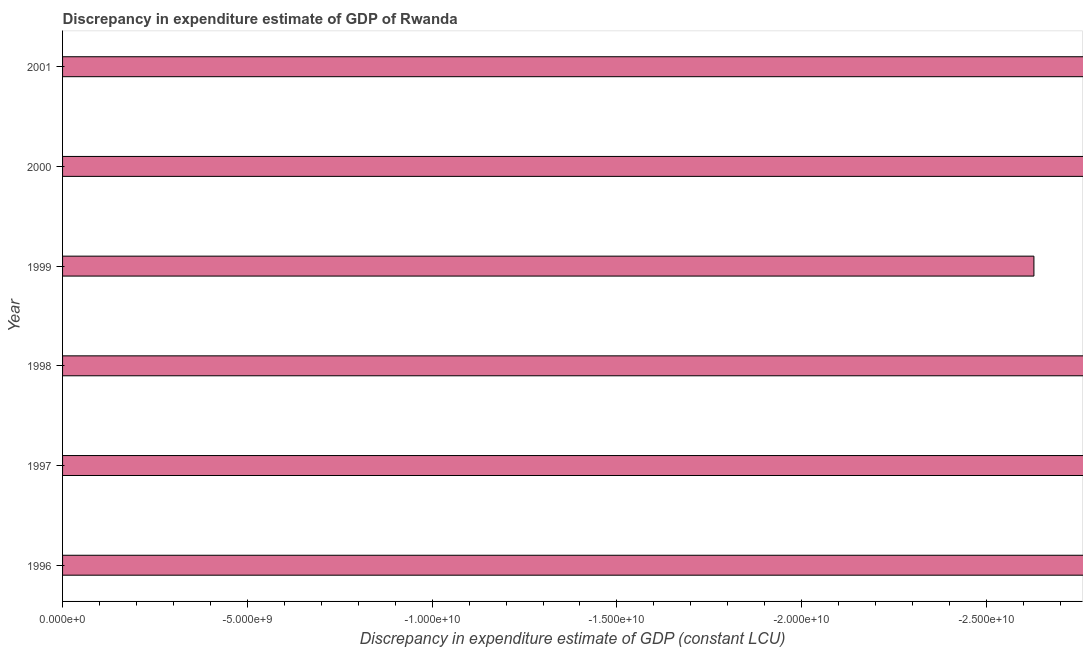
| Year | Discrepancy constant LCU |
 | --- | --- |
 | 1996 | -3.72e+10 |
 | 1997 | -5.72e+10 |
 | 1998 | -3.73e+10 |
 | 1999 | -2.63e+10 |
 | 2000 | -4.76e+10 |
 | 2001 | -3.43e+10 |